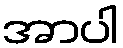
အာပါ